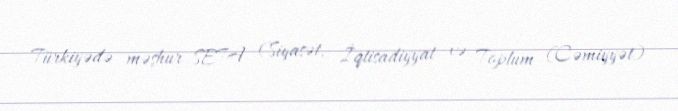
Türkiyədə məşhur SETA (Siyasət, İqtisadiyyat və Toplum (Cəmiyyət)